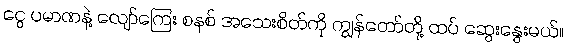
ငွေ ပမာဏနဲ့ လျော်ကြေး စနစ် အသေးစိတ်ကို ကျွန်တော်တို့ ထပ် ဆွေးနွေးမယ်။